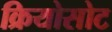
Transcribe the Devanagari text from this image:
क्रियोसोट